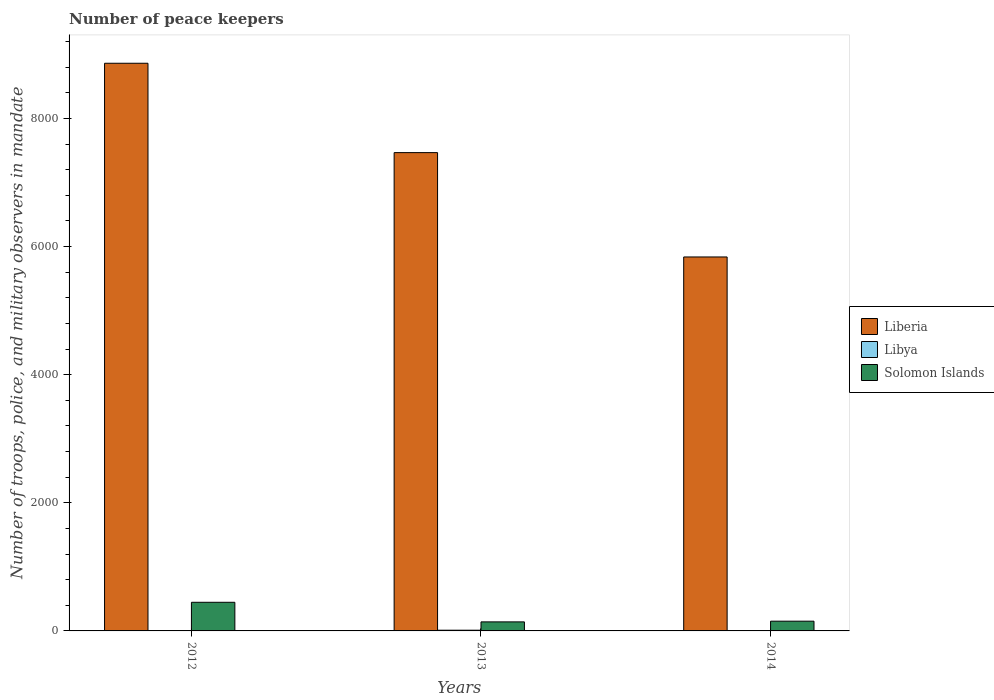
| Years | Liberia | Libya | Solomon Islands |
 | --- | --- | --- | --- |
 | 2012 | 8.86e+03 | 2 | 447 |
 | 2013 | 7.47e+03 | 11 | 141 |
 | 2014 | 5.84e+03 | 2 | 152 |